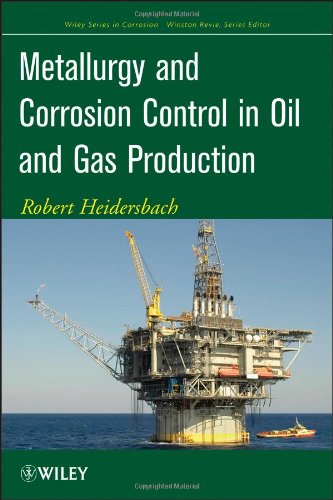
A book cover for Metallurgy and Corrosion Control in Oil and Gas Production; Robert Heidersbach; Science & Math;